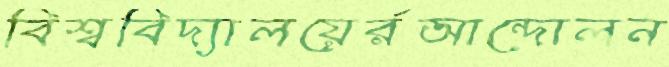
বিশ্ববিদ্যালয়ের্রআন্দোলন